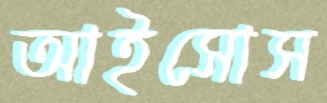
আইসোস